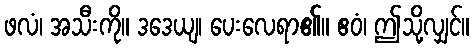
ဖလံ၊ အသီးကို။ ဒဒေယျ၊ ပေးလေရာ၏။ ဧဝံ၊ ဤသို့လျှင်။